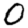
Digit: 0